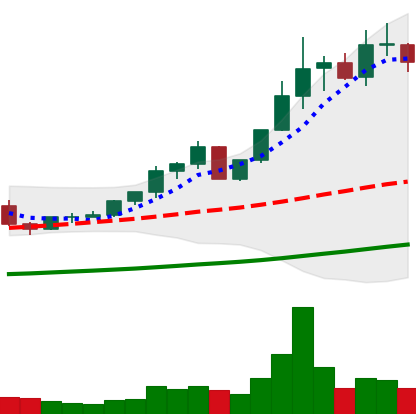
Ticker: ETC-USD
Chart end date: 2021-04-12
Forward return: 96.193%
Label: up_7plus